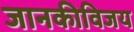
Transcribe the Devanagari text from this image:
जानकीविजय